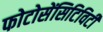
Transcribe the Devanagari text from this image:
फोटोसेंसिटिविटी